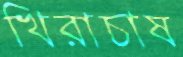
খিরাচাষ